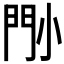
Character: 𡮉